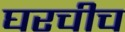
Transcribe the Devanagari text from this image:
घरचीच